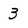
Character: 3